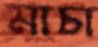
মাচা